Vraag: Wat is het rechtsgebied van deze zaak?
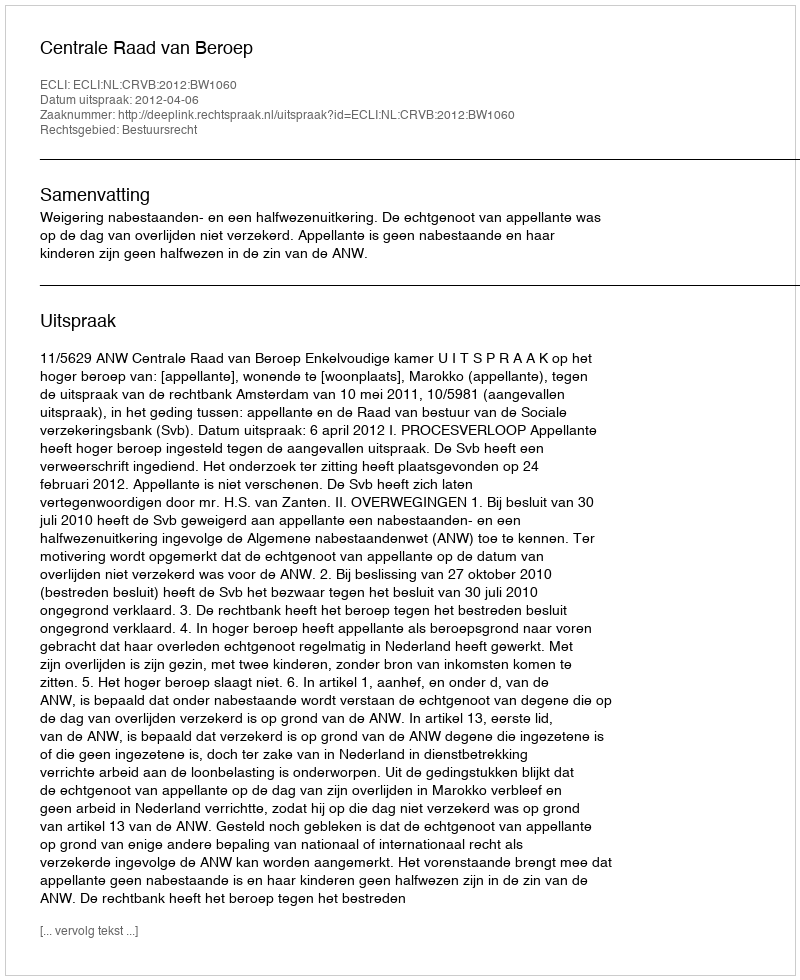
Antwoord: Bestuursrecht